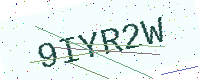
Text: 9IYR2W